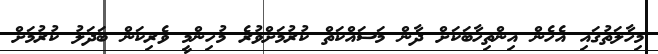
މިހާލަތުގައި އެހެން އިންތިހާބަކަށް ދާން މަސައްކަތް ކުރުމަށްވުރެ މުހިންމީ ވެރިކަން ބަދަލު ކުރުމަށް